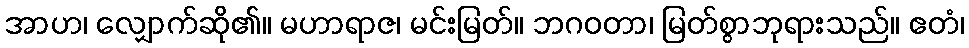
အာဟ၊ လျှောက်ဆို၏။ မဟာရာဇ၊ မင်းမြတ်။ ဘဂဝတာ၊ မြတ်စွာဘုရားသည်။ ဧတံ၊